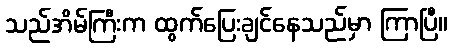
သည်အိမ်ကြီးက ထွက်ပြေးချင်နေသည်မှာ ကြာပြီ။